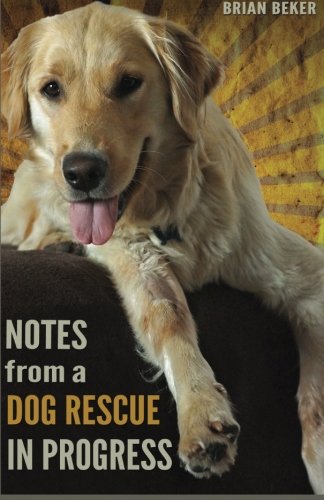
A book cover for Notes from a Dog Rescue in Progress; Brian Beker; Crafts, Hobbies & Home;